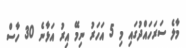
މާލެ ސަރަހައްދުގައި މި 5 އަހަރު ނިމޭ އިރު އަޅާނެ 30 ހާސް